Vaccination North-Western Provinces 1866-1877 - 1866-1877
Year: 1866
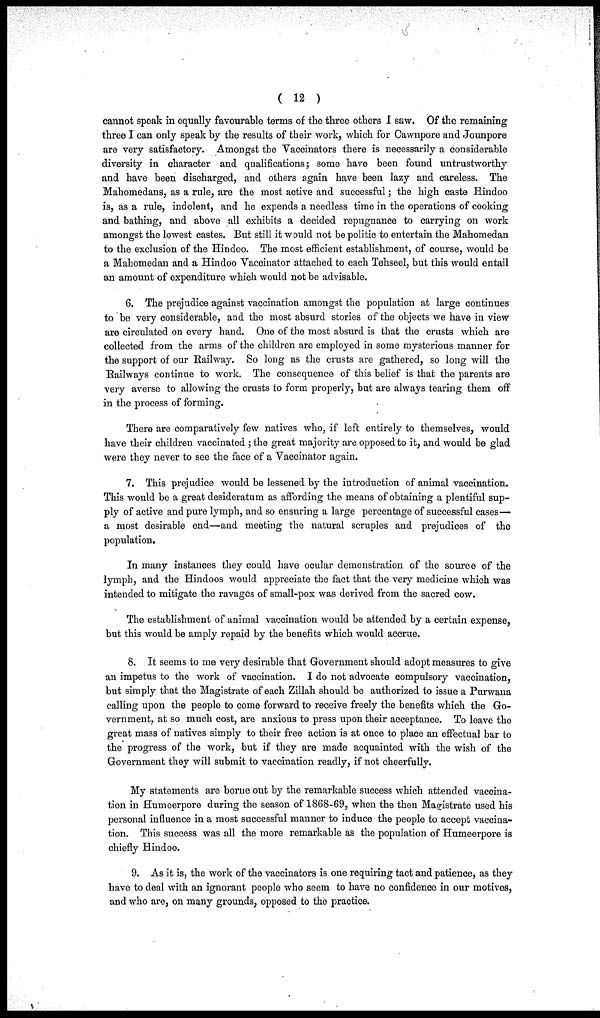
( 12 )
cannot speak in equally favourable terms of the three others I saw. Of the remaining
three I can only speak by the results of their work, which for Cawnpore and Jounpore
are very satisfactory. Amongst the Vaccinators there is necessarily a considerable
diversity in character and qualifications; some have been found untrustworthy
and have been discharged, and others again have been lazy and careless. The
Mahomedans, as a rule, are the most active and successful; the high caste Hindoo
is, as a rule, indolent, and he expends a needless time in the operations of cooking
and bathing, and above all exhibits a decided repugnance to carrying on work
amongst the lowest castes. But still it would not be politic to entertain the Mahomedan
to the exclusion of the Hindoo. The most efficient establishment, of course, would be
a Mahomedan and a Hindoo Vaccinator attached to each Tehseel, but this would entail
an amount of expenditure which would not be advisable.
6. The prejudice against vaccination amongst the population at large continues
to be very considerable, and the most absurd stories of the objects we have in view
are circulated on every hand. One of the most absurd is that the crusts which are
collected from the arms of the children are employed in some mysterious manner for
the support of our Railway. So long as the crusts are gathered, so long will the
Railways continue to work. The consequence of this belief is that the parents are
very averse to allowing the crusts to form properly, but are always tearing them off
in the process of forming.
There are comparatively few natives who, if left entirely to themselves, would
have their children vaccinated ; the great majority are opposed to it, and would be glad
were they never to see the face of a Vaccinator again.
7. This prejudice would be lessened by the introduction of animal vaccination.
This would be a great desideratum as affording the means of obtaining a plentiful sup-
ply of active and pure lymph, and so ensuring a large percentage of successful cases—
a most desirable end—and meeting the natural scruples and prejudices of the
population.
In many instances they could have ocular demonstration of the source of the
lymph, and the Hindoos would appreciate the fact that the very medicine which was
intended to mitigate the ravages of small-pox was derived from the sacred cow.
The establishment of animal vaccination would be attended by a certain expense,
but this would be amply repaid by the benefits which would accrue.
8. It seems to me very desirable that Government should adopt measures to give
an impetus to the work of vaccination. I do not advocate compulsory vaccination,
but simply that the Magistrate of each Zillah should be authorized to issue a Purwana
calling upon the people to come forward to receive freely the benefits which the Go-
vernment, at so much cost, are anxious to press upon their acceptance. To leave the
great mass of natives simply to their free action is at once to place an effectual bar to
the progress of the work, but if they are made acquainted with the wish of the
Government they will submit to vaccination readly, if not cheerfully.
My statements are borne out by the remarkable success which attended vaccina-
tion in Humeerpore during the season of 1868-69, when the then Magistrate used his
personal influence in a most successful manner to induce the people to accept vaccina¬
tion. This success was all the more remarkable as the population of Humeerpore is
chiefly Hindoo.
9. As it is, the work of the vaccinators is one requiring tact and patience, as they
have to deal with an ignorant people who seem to have no confidence in our motives,
and who are, on many grounds, opposed to the practice.